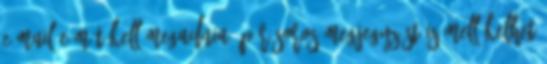
e-mail címét kell megadnia. Pár soros megjegyzést is mellékelhet